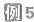
例5